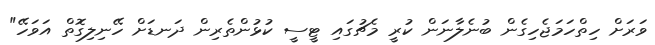
ވަރަށް ހިތްހަމަޖެހިގެން ބުނެލާނަން ކުރީ މެޗުގައި ޓީސީ ކުޅުންތެރިން ދަނޑަށް ހޭނިލިގޮތް އަވަހޭ"